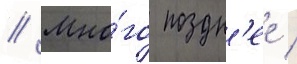
// Мно́го поздн'ее /